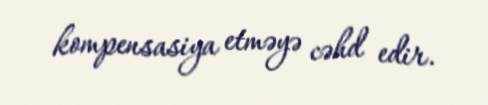
kompensasiya etməyə cəhd edir.